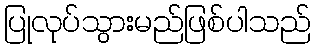
ပြုလုပ်သွားမည်ဖြစ်ပါသည်